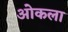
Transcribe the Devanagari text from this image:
ओकला